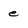
Character: e